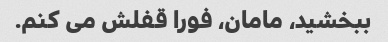
ببخشید، مامان، فورا قفلش می کنم.